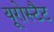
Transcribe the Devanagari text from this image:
यूरोस्टैट